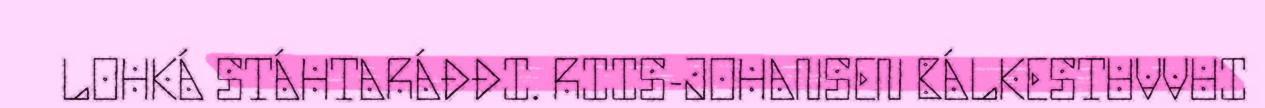
LOHKÁ STÁHTARÁĐĐI. RIIS-JOHANSEN BÁLKESTUVVUI